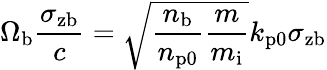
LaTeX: \Omega_{\mathrm{b}}\frac{\sigma_{\mathrm{zb}}}{c}=\sqrt{\frac{n_{\mathrm{b}}}{n_{\mathrm{p0}}}\frac{m}{m_{\mathrm{i}}}}k_{\mathrm{p0}}\sigma_{\mathrm{zb}}